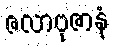
ဇလာဗုဇာနံ